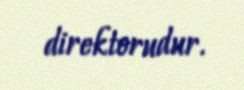
direktorudur.